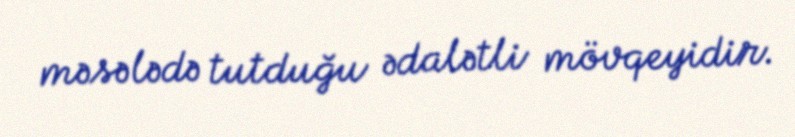
məsələdə tutduğu ədalətli mövqeyidir.